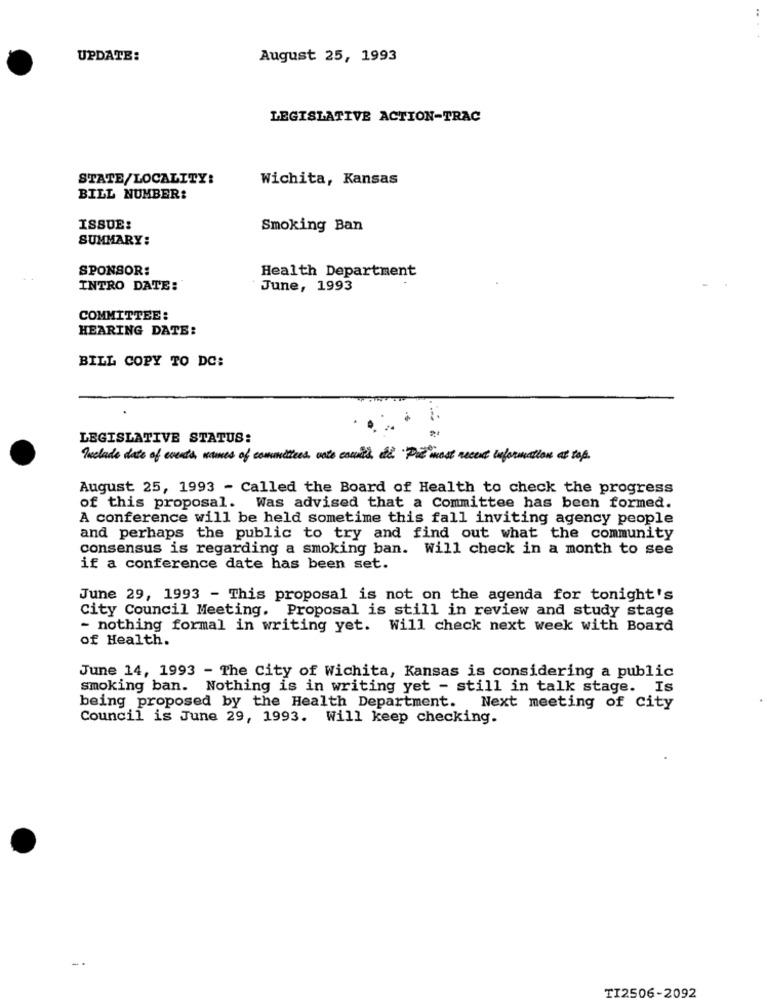
..
UPDATE:
August 25, 1993
LEGISLATIVE ACTION-TRAC
STATE/LOCALITY:
Wichita, Kansas
BILL NUMBER:
ISSUE:
Smoking Ban
SUMMARY:
SPONSOR:
Health Department
INTRO DATE:
June, 1993
COMMITTEE :
HEARING DATE:
BILL COPY TO DC:
LEGISLATIVE STATUS:
Include date of events, names of committees vote counts the Pre most recent information at top.
August 25, 1993 - Called the Board of Health to check the progress
of this proposal. Was advised that a Committee has been formed.
A conference will be held sometime this fall inviting agency people
and perhaps the public to try and find out what the community
consensus is regarding a smoking ban. Will check in a month to see
if a conference date has been set.
June 29, 1993 - This proposal is not on the agenda for tonight's
City Council Meeting. Proposal is still in review and study stage
- nothing formal in writing yet. Will check next week with Board
of Health.
June 14, 1993 - The City of Wichita, Kansas is considering a public
smoking ban. Nothing is in writing yet - still in talk stage. Is
being proposed by the Health Department. Next meeting of city
Council is June 29, 1993. Will keep checking.
TI2506-2092